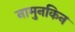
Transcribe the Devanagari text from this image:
नामुनकिन